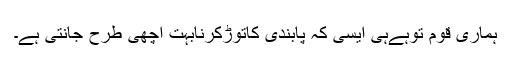
ہماری قوم توہےہی ایسی کہ پابندی کاتوڑکرنابہت اچھی طرح جانتی ہے۔